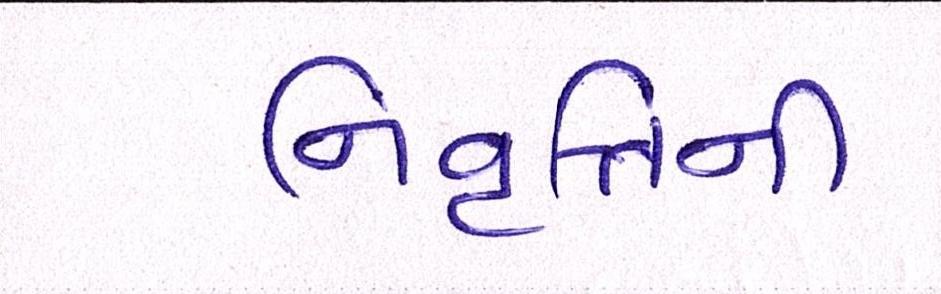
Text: નિવૃત્તિની